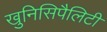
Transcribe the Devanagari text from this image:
खुनिसिपैलिटी